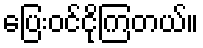
ပြေးဝင်ငိုကြတယ်။